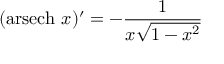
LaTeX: ( \operatorname { a r s e c h } \, x ) ^ { \prime } = - { \frac { 1 } { x { \sqrt { 1 - x ^ { 2 } } } } }